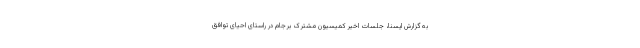
به گزارش ایسنا، جلسات اخیر کمیسیون مشترک برجام در راستای احیای توافق